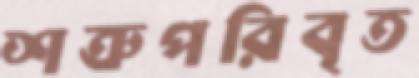
শত্রুপরিবৃত